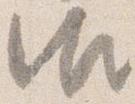
御